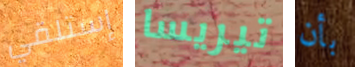
إستلقي تيريسا بأن